Annual statistical returns and brief notes on vaccination in Bengal - 1887-1898
Year: 1887
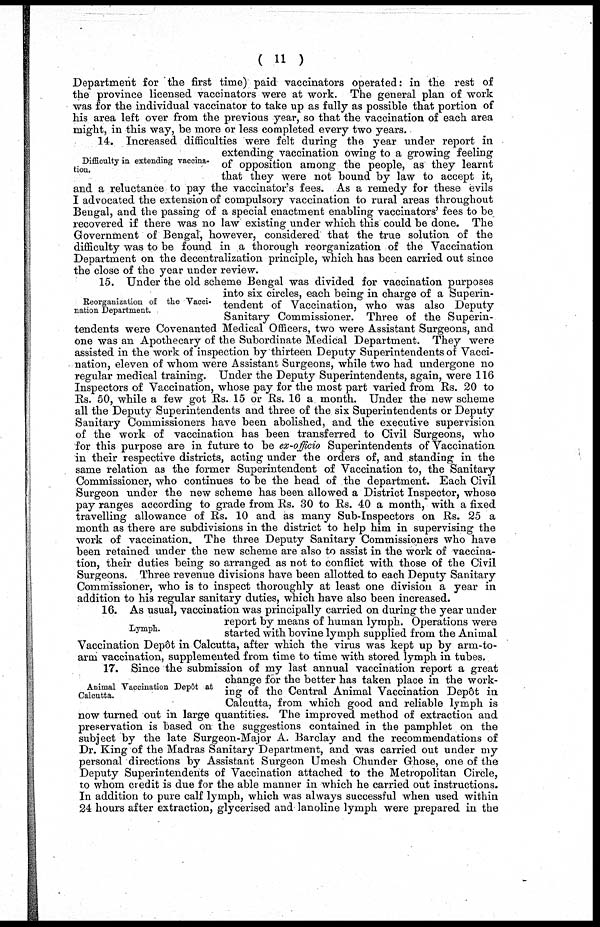
( 11 )
Department for the first time) paid vaccinators operated: in the rest of
the province licensed vaccinators were at work. The general plan of work
was for the individual vaccinator to take up as fully as possible that portion of
his area left over from the previous year, so that the vaccination of each area
might, in this way, be more or less completed every two years.
Difficulty in extending vaccina-
tion.
14. Increased difficulties were felt during the year under report in
extending vaccination owing to a growing feeling
of opposition among the people, as they learnt
that they were not bound by law to accept it,
and a reluctance to pay the vaccinator's fees. As a remedy for these evils
I advocated the extension of compulsory vaccination to rural areas throughout
Bengal, and the passing of a special enactment enabling vaccinators' fees to be
recovered if there was no law existing under which this could be done. The
Government of Bengal, however, considered that the true solution of the
difficulty was to be found in a thorough reorganization of the Vaccination
Department on the decentralization principle, which has been carried out since
the close of the year under review.
Reorganization of the Vacci-
nation Department.
15. Under the old scheme Bengal was divided for vaccination purposes
into six circles, each being in charge of a Superin-
tendent of Vaccination, who was also Deputy
Sanitary Commissioner. Three of the Superin-
tendents were Covenanted Medical Officers, two were Assistant Surgeons, and
one was an Apothecary of the Subordinate Medical Department. They were
assisted in the work of inspection by thirteen Deputy Superintendents of Vacci-
nation, eleven of whom were Assistant Surgeons, while two had undergone no
regular medical training. Under the Deputy Superintendents, again, were 116
Inspectors of Vaccination, whose pay for the most part varied from Rs. 20 to
Rs. 50, while a few got Rs. 15 or Rs. 16 a month. Under the new scheme
all the Deputy Superintendents and three of the six Superintendents or Deputy
Sanitary Commissioners have been abolished, and the executive supervision
of the work of vaccination has been transferred to Civil Surgeons, who
for this purpose are in future to be ex-officio Superintendents of Vaccination
in their respective districts, acting under the orders of, and standing in the
same relation as the former Superintendent of Vaccination to, the Sanitary
Commissioner, who continues to be the head of the department. Each Civil
Surgeon under the new scheme has been allowed a District Inspector, whose
pay ranges according to grade from Rs. 30 to Rs. 40 a month, with a fixed
travelling allowance of Rs. 10 and as many Sub-Inspectors on Rs. 25 a
month as there are subdivisions in the district to help him in supervising the
work of vaccination. The three Deputy Sanitary Commissioners who have
been retained under the new scheme are also to assist in the work of vaccina-
tion, their duties being so arranged as not to conflict with those of the Civil
Surgeons. Three revenue divisions have been allotted to each Deputy Sanitary
Commissioner, who is to inspect thoroughly at least one division a year in
addition to his regular sanitary duties, which have also been increased.
Lymph.
16. As usual, vaccination was principally carried on during the year under
report by means of human lymph. Operations were
started with bovine lymph supplied from the Animal
Vaccination Depôt in Calcutta, after which the virus was kept up by arm-to-
arm vaccination, supplemented from time to time with stored lymph in tubes.
Animal Vaccination Depôt at
Calcutta.
17. Since the submission of my last annual vaccination report a great
change for the better has taken place in the work-
ing of the Central Animal Vaccination Depôt in
Calcutta, from which good and reliable lymph is
now turned out in large quantities. The improved method of extraction and
preservation is based on the suggestions contained in the pamphlet on the
subject by the late Surgeon-Major A. Barclay and the recommendations of
Dr. King of the Madras Sanitary Department, and was carried out under my
personal directions by Assistant Surgeon Umesh Chunder Ghose, one of the
Deputy Superintendents of Vaccination attached to the Metropolitan Circle,
to whom credit is due for the able manner in which he carried out instructions.
In addition to pure calf lymph, which was always successful when used within
24 hours after extraction, glycerised and lanoline lymph were prepared in the